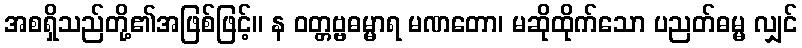
အစရှိသည်တို့၏အဖြစ်ဖြင့်။ န ဝတ္တဗ္ဗဓမ္မာရ မဏတော၊ မဆိုထိုက်သော ပညတ်ဓမ္မ လျှင်